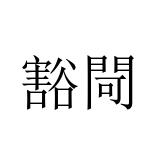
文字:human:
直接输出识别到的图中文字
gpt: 豁閜